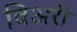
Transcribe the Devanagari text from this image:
विअरी